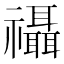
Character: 𮂨